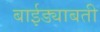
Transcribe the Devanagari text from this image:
बाईड्याबती